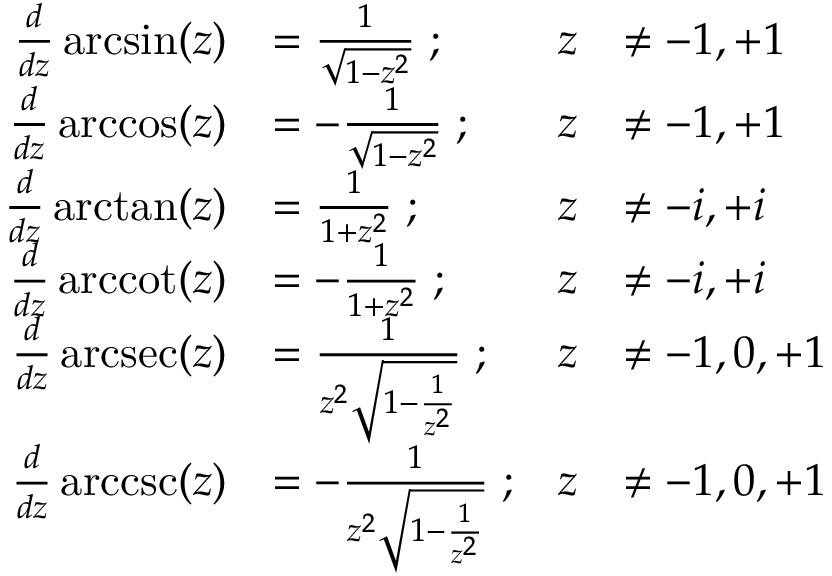
{ \begin{array} { r l r l } { { \frac { d } { d z } } \arcsin ( z ) } & { = { \frac { 1 } { \sqrt { 1 - z ^ { 2 } } } } \; ; } & { z } & { \neq - 1 , + 1 } \\ { { \frac { d } { d z } } \operatorname { a r c c o s } ( z ) } & { = - { \frac { 1 } { \sqrt { 1 - z ^ { 2 } } } } \; ; } & { z } & { \neq - 1 , + 1 } \\ { { \frac { d } { d z } } \arctan ( z ) } & { = { \frac { 1 } { 1 + z ^ { 2 } } } \; ; } & { z } & { \neq - i , + i } \\ { { \frac { d } { d z } } \operatorname { a r c c o t } ( z ) } & { = - { \frac { 1 } { 1 + z ^ { 2 } } } \; ; } & { z } & { \neq - i , + i } \\ { { \frac { d } { d z } } \operatorname { a r c s e c } ( z ) } & { = { \frac { 1 } { z ^ { 2 } { \sqrt { 1 - { \frac { 1 } { z ^ { 2 } } } } } } } \; ; } & { z } & { \neq - 1 , 0 , + 1 } \\ { { \frac { d } { d z } } \operatorname { a r c c s c } ( z ) } & { = - { \frac { 1 } { z ^ { 2 } { \sqrt { 1 - { \frac { 1 } { z ^ { 2 } } } } } } } \; ; } & { z } & { \neq - 1 , 0 , + 1 } \end{array} }